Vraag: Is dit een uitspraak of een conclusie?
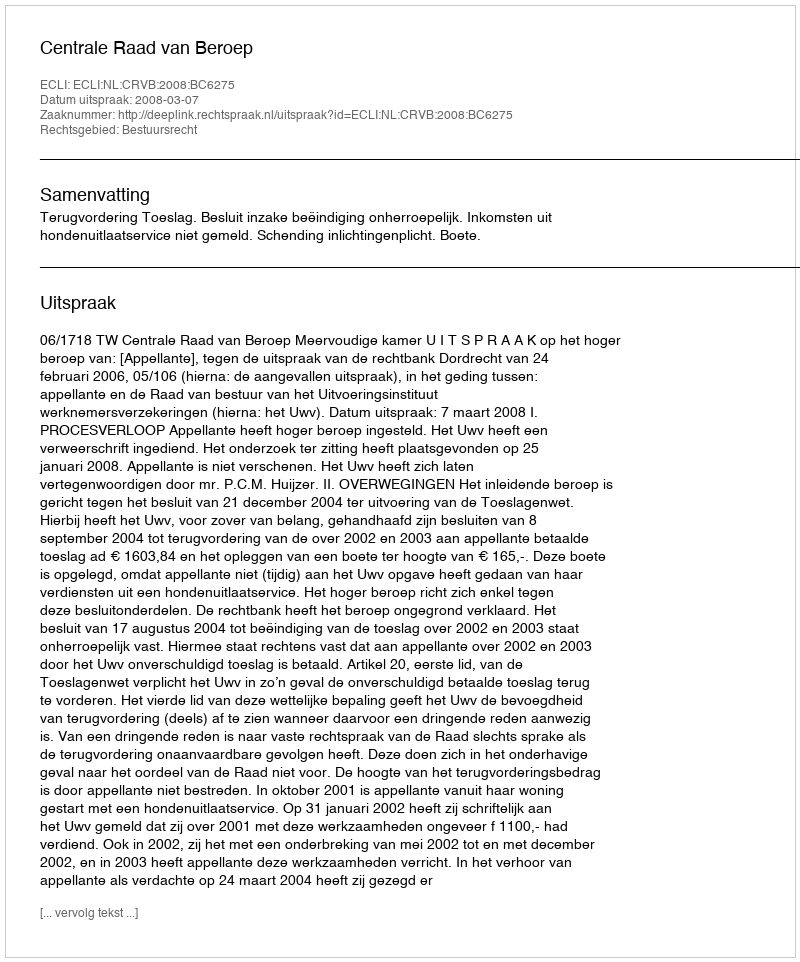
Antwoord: Uitspraak